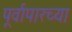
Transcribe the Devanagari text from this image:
पूर्वापारच्या